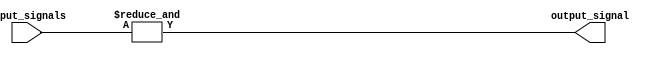
module N_input_AND_gate #(
    parameter N = 4
)(
    input [N-1:0] input_signals,
    output output_signal
);

assign output_signal = & input_signals;

endmodule